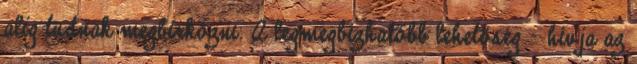
alig tudnak megbirkózni. A legmegbízhatóbb lehetőség - hívja az